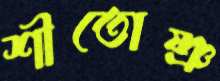
শীতোষ্ণ